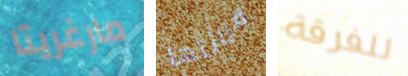
مارغريتا قرائتها للفرقة